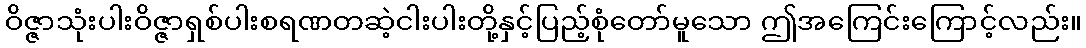
ဝိဇ္ဇာသုံးပါးဝိဇ္ဇာရှစ်ပါးစရဏတဆဲ့ငါးပါးတို့နှင့်ပြည့်စုံတော်မူသော ဤအကြေင်းကြောင့်လည်း။